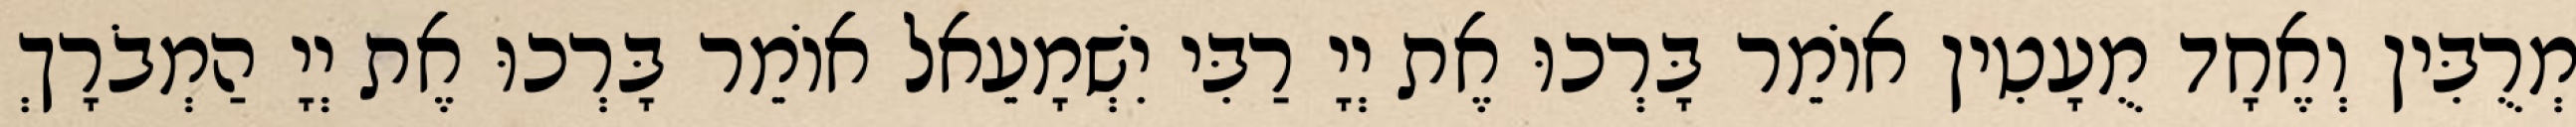
מְרֻבִּין וְאֶחָד מֻעָטִין אוֹמֵר בָּרְכוּ אֶת יְיָ רַבִּי יִשְׁמָעֵאל אוֹמֵר בָּרְכוּ אֶת יְיָ הַמְבֹרָךְ